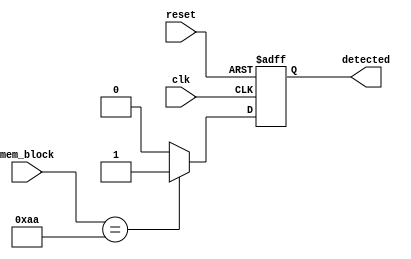
module FlipFlopDetector(
    input wire clk,              // Clock signal
    input wire reset,            // Reset signal
    input wire [N-1:0] mem_block, // Memory block input (N bits)
    output reg detected          // Output signal indicating detection
);
    parameter N = 8; // Number of bits in the memory block

    always @(posedge clk or posedge reset) begin
        if (reset) begin
            detected <= 0; // Reset detection output
        end else begin
            // Flip-Flop detection logic (example: detecting a specific pattern)
            if (mem_block == 8'b10101010) begin // Example pattern
                detected <= 1; // Flip-Flop detected
            end else begin
                detected <= 0; // No Flip-Flop detected
            end
        end
    end
endmodule